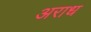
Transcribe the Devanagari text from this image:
अराध